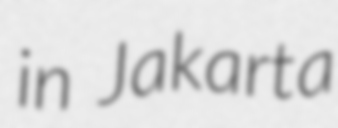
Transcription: in Jakarta